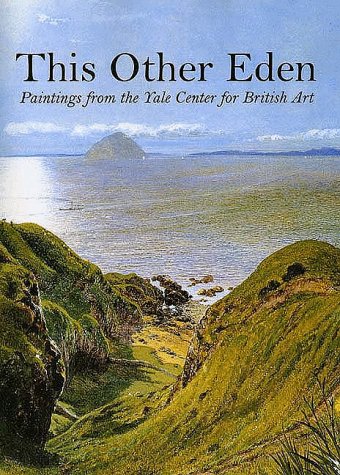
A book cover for This Other Eden: Paintings from the Yale Center for British Art; Malcolm Warner; Travel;